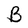
Character: B